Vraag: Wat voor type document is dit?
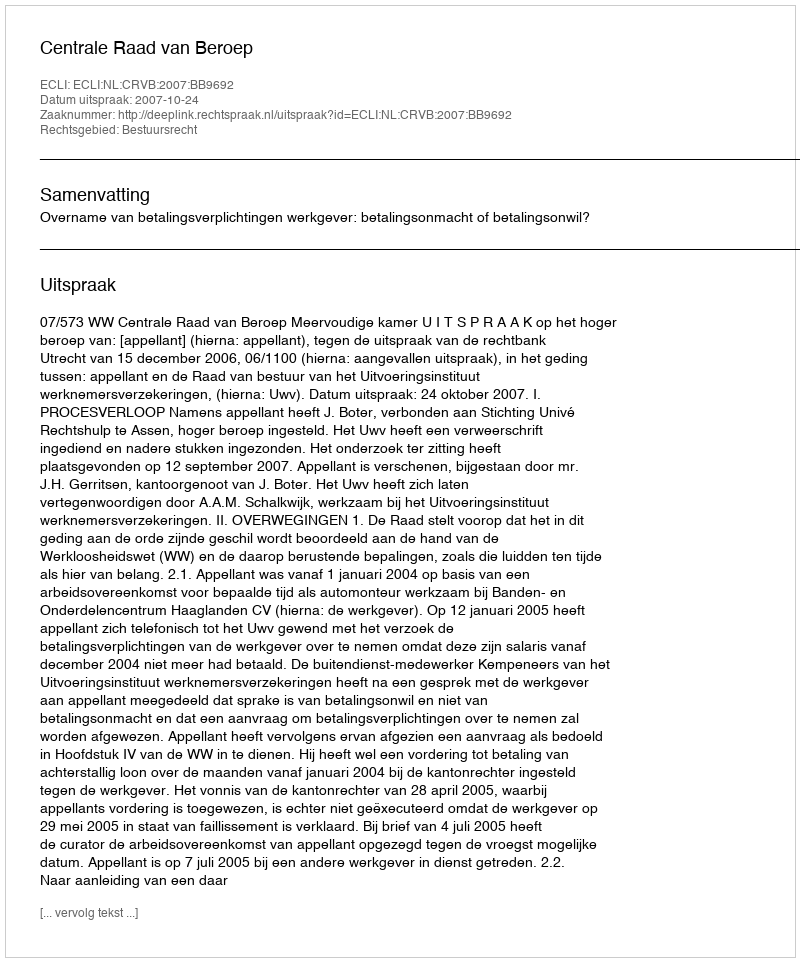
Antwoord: Uitspraak